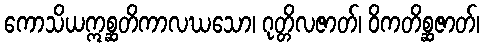
ကောသိယဣစ္ဆတိကာလဃသော၊ ဂုတ္တိလဇာတ်၊ ဝိကတိစ္ဆဇာတ်၊